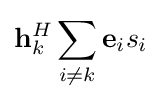
\mathbf {h} _{k}^{H}\sum _{i\neq k}\mathbf {e} _{i}s_{i}